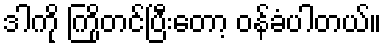
ဒါကို ကြိုတင်ပြီးတော့ ဝန်ခံပါတယ်။